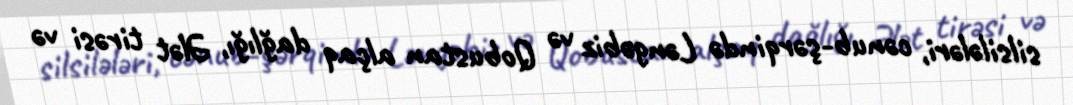
silsilələri, cənub-şərqində Ləngəbiz və Qobustan alçaq dağlığı, Ələt tirəsi və